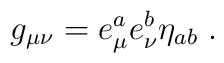
g_{\mu\nu}= e_\mu^a e_\nu^b \eta_{ab}\; .